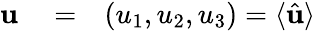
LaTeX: \begin{array}{rlr}{{\mathbf u}}&{{}=}&{(u_{1},u_{2},u_{3})=\langle\hat{\mathbf u}\rangle}\end{array}